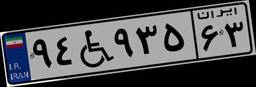
۸۵W۱۷۹۴۰